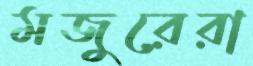
মজুরেরা